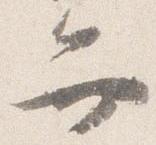
弁